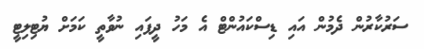
ސަރުކާރުން ދެމުން އައި ޑިސްކައުންޓް އެ މަހު ދީފައި ނުވާތީ ކަމަށް ޔުޓިލިޓީ